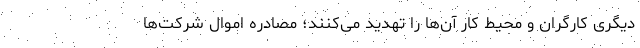
دیگری کارگران و محیط کار آن‌ها را تهدید می‌کنند؛ مصادره اموال شرکت‌ها